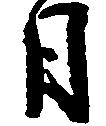
月